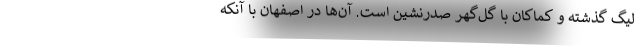
لیگ گذشته و کماکان با گل‌گهر صدرنشین است. آ‌ن‌ها در اصفهان با آنکه